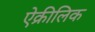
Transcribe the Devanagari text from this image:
ऐक्रीलिक